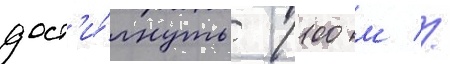
дост'и́гнуть 1100 м //